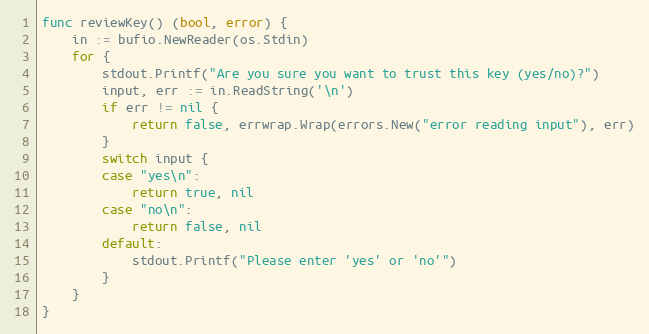
Language: Go
func reviewKey() (bool, error) {
	in := bufio.NewReader(os.Stdin)
	for {
		stdout.Printf("Are you sure you want to trust this key (yes/no)?")
		input, err := in.ReadString('\n')
		if err != nil {
			return false, errwrap.Wrap(errors.New("error reading input"), err)
		}
		switch input {
		case "yes\n":
			return true, nil
		case "no\n":
			return false, nil
		default:
			stdout.Printf("Please enter 'yes' or 'no'")
		}
	}
}